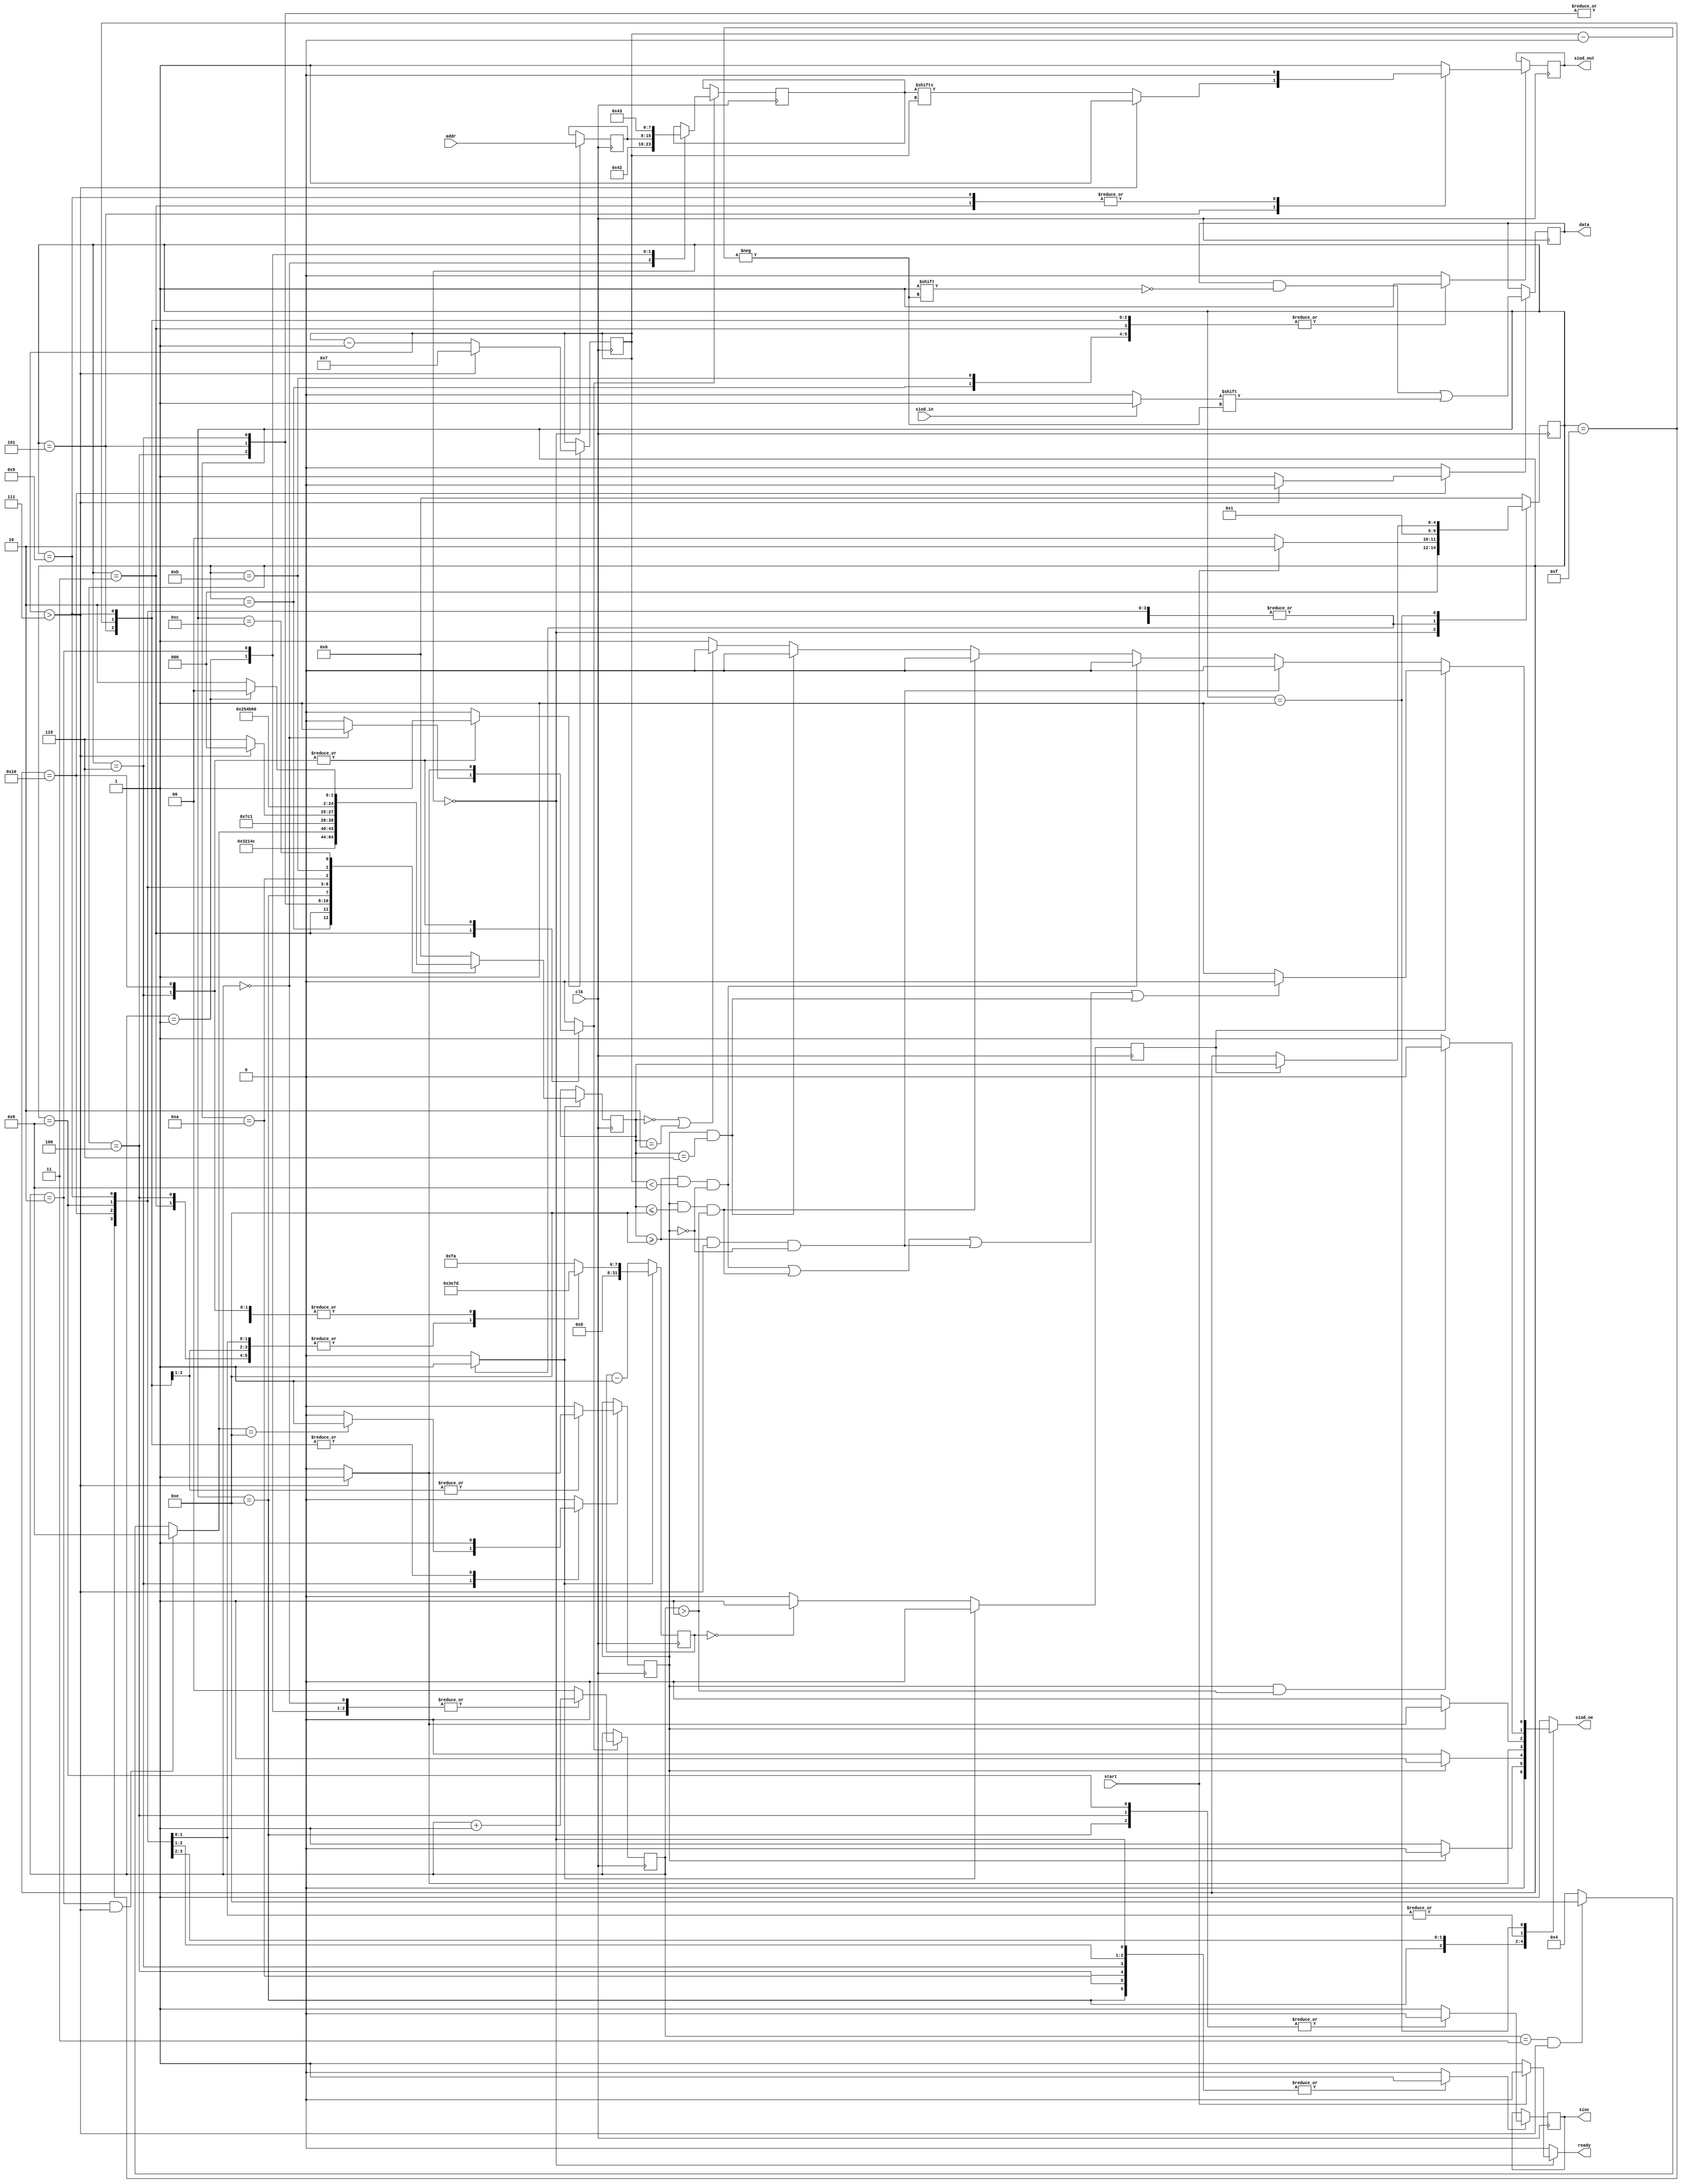
`timescale 1ns / 1ps

module sccb_read(
        input   wire clk,
        output  reg  sioc,
        output  reg  siod_oe,
        output  wire siod_out,
        input   wire siod_in,
        input   wire [7:0]addr,
        output  reg  [7:0]data,
        input   wire start,
        output  reg  ready   
    );
    
    parameter CLK_FREQ  = 25_000_000;
    parameter WORK_FREQ = 100_000; //max 400kHZ
    
    localparam CAM_ADDR = 8'h42;
    
    localparam IDLE = 0;
    localparam WAIT = 1;
    localparam SEND_START_SIG = 2;
    localparam SEND_BIT = 4;
    localparam SEND_END_SIG = 8;
    localparam DONE = 12;
    localparam RECEIVE_BIT = 14;
    
    reg [7:0]   addr_i;
    reg         next_sioc;
    reg         next_siod_val, siod_val;
    reg [4:0]   state, next_state, return_state, next_return_state;
    reg [31:0]  counter, next_counter;
    reg         cnt_fin;
    reg         update_byte, update_siod, update_cnt, update_ret_state, update_sioc, update_index;
    reg [1:0]   byte_cnt = 0;
    reg [7:0]   byte;
    reg [3:0]   index = 7;
    reg         update_bit_read = 0;
    reg         ack = 0,next_ack = 0,update_ack=0;
    
    assign siod_out = siod_val;
    assign bit_read = siod_in;
    
    initial begin
        cnt_fin = 0;
        counter = 0;
        index = 7;
        byte_cnt = 0;
        byte = CAM_ADDR;
        siod_val = 1;
        sioc = 1;
        return_state = IDLE;
        state = IDLE;
        siod_oe = 1'b0;
        
        update_bit_read = 0;
        data = 8'hAA;
    end
    
    //timmer
    always@(posedge clk) begin
        if(update_cnt) begin
            counter <= next_counter;
            cnt_fin <= 0;
        end
        else begin
            counter <= counter - 1;
            if(counter == 0)
                cnt_fin <= 1;
            else
                cnt_fin <= 0;
        end
    end
    
    //updates values
    always@(posedge clk) begin
        if(update_bit_read) begin
            data[index] <= (bit_read == 0) ? 0 : 1;
        end
        if(update_index) begin
            index <= index - 1;
            if(index > 7)begin //means that the ack bit was reached
                index <= 7; //reset index
            end
        end
        if(update_byte) begin
            case(byte_cnt) 
                0: begin
                        byte <= CAM_ADDR;
                        byte_cnt <= byte_cnt + 1;
                   end
                1: begin
                        byte <= addr_i;
                        byte_cnt <= byte_cnt + 1;
                    end
                2: begin
                        byte <= CAM_ADDR|8'h1;// for read cycle
                        byte_cnt <= byte_cnt + 1;
                   end
                default: byte_cnt <= 0;
            endcase
        end
        if(update_siod) begin
            siod_val <= next_siod_val;
        end
        if(update_sioc) begin
            sioc <= next_sioc;
        end
        if(update_ret_state) begin
            return_state <= next_return_state;
        end
        if(update_ack) begin
            ack <= next_ack;
        end
    end
    
    /////////////////////////////////FSM////////////////////////////////////////
    always@(posedge clk) begin
        state <= next_state;
        if(state == IDLE) begin
            addr_i <= addr;
        end
    end
    
    always@(*) begin
        ready = 0;
        next_state = IDLE;
        next_return_state = IDLE;
        next_counter = (CLK_FREQ/WORK_FREQ);
        siod_oe = 1;
        next_siod_val = 1;
        next_sioc = 1;
        update_index = 0;
        update_sioc = 0;
        update_byte = 0;
        update_siod = 0;
        update_ret_state = 0;
        update_cnt = 0;
        
        update_bit_read = 0;
        next_ack = 0;
        update_ack = 0;
        case(state)
            IDLE: begin
                siod_oe = 0; // siod = z
                update_sioc = 1; //sioc = 1
                
                if(start)  next_state = SEND_START_SIG; // transmission starts
                else ready = 1; // is ready only in idle
            end
            SEND_START_SIG: begin
                next_siod_val = 1; // siod = 1 , sioc = 1
                update_siod = 1;
                
                next_return_state = SEND_START_SIG + 1; //next_state after wait
                update_ret_state = 1;
                next_counter = ((CLK_FREQ/WORK_FREQ)/2); // set counter for T/2
                update_cnt = 1;
                next_state = WAIT; // delay
            end
            SEND_START_SIG + 1: begin
                next_siod_val = 0; //siod = 0, sioc = 1
                update_siod = 1;
                if(byte_cnt ==0) update_byte = 1;
                
                next_return_state = SEND_BIT; //next_state after wait
                update_ret_state = 1;
                next_counter = ((CLK_FREQ/WORK_FREQ)/4); //set counter foR T/4
                update_cnt = 1;
                next_state = WAIT; //delay
            end
            SEND_BIT: begin
                next_sioc = 0; //sioc = 0 , siod = 0
                update_sioc = 1;
                
                if(ack) siod_oe = 0;
                
                next_return_state = SEND_BIT+1;
                update_ret_state = 1;
                next_counter = ((CLK_FREQ/WORK_FREQ)/4);
                update_cnt = 1;
                next_state = WAIT;
            end
            
            SEND_BIT + 1: begin
                //sioc = 0, siod = data_bit
                //index start from 7 and decrements (0 - 1 > 7)
                //index > 7 means that ack bit(8) must be sent
                next_siod_val = (index > 7) ? 1 : byte[index]; 
                update_siod = 1;
                
                if(ack) siod_oe = 0;
                if(index > 7) next_ack = 1;
                update_ack = 1;
                
                next_return_state = SEND_BIT+2;
                update_ret_state = 1;
                next_counter = ((CLK_FREQ/WORK_FREQ)/4);
                update_cnt = 1;
                next_state = WAIT;
            end
            
           SEND_BIT + 2: begin
                next_sioc = 1; // sioc = 1, siod = data_bit
                update_sioc = 1;
                
                update_index = 1; // decrement index
                update_byte = (index > 7) ? 1 : 0; //updates the byte to be sent after the ack bit
                
                if(ack) siod_oe = 0; //receive
                
                next_return_state = (byte_cnt == 2 && index > 7) ? SEND_END_SIG : ((byte_cnt == 3 && index > 7) ? RECEIVE_BIT : SEND_BIT); //check if the last byte was transmitted
                if(next_return_state == RECEIVE_BIT) update_ack = 1;
                update_ret_state = 1;
                next_counter = ((CLK_FREQ/WORK_FREQ)/2);
                update_cnt = 1;
                next_state = WAIT;
            end
           
           //new for receive 
           RECEIVE_BIT: begin
                next_sioc = 0; //sioc = 0 , siod = z
                siod_oe = (ack) ? 1 : 0;
                update_sioc = 1;
                
                next_return_state = RECEIVE_BIT+1;
                update_ret_state = 1;
                next_counter = ((CLK_FREQ/WORK_FREQ)/4);
                update_cnt = 1;
                next_state = WAIT;
            end
            
            RECEIVE_BIT + 1: begin
                //sioc = 0, siod = data_bit
                //index start from 7 and decrements (0 - 1 > 7)
                //index > 7 means that ack bit(8) must be sent
                next_siod_val = 1;
                update_siod = 1;
                if(~ack) siod_oe = 0; 
                
                update_ack = 1;
                if(index > 7) begin
                     next_ack = 1;
                     siod_oe = 1;
                end
                else siod_oe = 0; //siod = z
                
                next_return_state = RECEIVE_BIT+2;
                update_ret_state = 1;
                next_counter = ((CLK_FREQ/WORK_FREQ)/4);
                update_cnt = 1;
                next_state = WAIT;
            end
            
           RECEIVE_BIT + 2: begin
                next_sioc = 1; // sioc = 1, siod = z
                update_sioc = 1;
                siod_oe = (index > 7) ? 1 : 0;
                
                update_index = 1; // decrement index
                update_byte = (index > 7) ? 1 : 0; //updates the byte to be sent after the ack bit
                
                if(~ack)        siod_oe = 0;
                
                if(index > 7) begin
                     update_bit_read = 0; 
                end
                else begin            
                    update_bit_read = 1;
                end
                
                next_return_state = (index > 7) ? SEND_END_SIG : RECEIVE_BIT; //if is not bit 9 continue to receive
                update_ret_state = 1;
                next_counter = ((CLK_FREQ/WORK_FREQ)/2);
                update_cnt = 1;
                next_state = WAIT;
            end
            
            SEND_END_SIG: begin
                next_sioc = 0; // sioc = 0, siod = data_bit
                update_sioc = 1;
                
                 if(ack && byte_cnt > 1) siod_oe = 0;
                
                next_return_state = SEND_END_SIG + 1;
                update_ret_state = 1;
                next_counter = ((CLK_FREQ/WORK_FREQ)/4);
                update_cnt = 1;
                next_state = WAIT;
            end
            
            SEND_END_SIG + 1: begin
                next_siod_val = 0; // siod = 0, sioc = 0;
                update_siod = 1;
                
                update_ack = 1;
                if(ack && byte_cnt > 1) siod_oe = 0;
                
                next_return_state = SEND_END_SIG + 2;
                update_ret_state = 1;
                next_counter = ((CLK_FREQ/WORK_FREQ)/4);
                update_cnt = 1;
                next_state = WAIT;
            end
            
           SEND_END_SIG + 2: begin
                next_sioc = 1; // sioc = 1, siod = 0
                update_sioc = 1;
                
                next_return_state = SEND_END_SIG + 3;
                update_ret_state = 1;
                next_counter = ((CLK_FREQ/WORK_FREQ)/4);
                update_cnt = 1;
                next_state = WAIT;
            end
            
            SEND_END_SIG + 3: begin
                 next_siod_val = 1; // siod = 1 , sioc = 1
                 update_siod = 1;
                 
                 next_return_state = DONE;
                 update_ret_state = 1;
                 next_counter = ((CLK_FREQ/WORK_FREQ)/2);
                 update_cnt = 1;
                 next_state = WAIT;
             end
             
             DONE: begin
                  next_return_state = (byte_cnt == 1) ? IDLE : SEND_START_SIG;
                  update_ret_state = 1;
                  next_counter = ((CLK_FREQ/WORK_FREQ));
                  update_cnt = 1;
                  next_state = WAIT; // delay between transmissions
              end
                          
            WAIT: begin
                if(cnt_fin == 1) begin
                    next_state = return_state;
                    if(((return_state >= RECEIVE_BIT) && (index < 8)&& ~ack)||
                         (ack && return_state <= RECEIVE_BIT && byte_cnt > 1) ||
                         ((return_state >= RECEIVE_BIT)&& (index > 7)&& ~ack)||
                         (ack && return_state == (SEND_BIT + 2)))
                        siod_oe = 0;
                end
                else if((return_state >= RECEIVE_BIT)&& (index > 7) && ~ack) begin
                       next_state = state;
                       siod_oe = 0; // siod = z, sioc = 1
                end
                else if((return_state >= RECEIVE_BIT)&& (index < 8)&& ~ack) begin
                    next_state = state;
                    siod_oe = 0; // siod = z, sioc = 1
                end
                else if(ack && return_state <= RECEIVE_BIT && byte_cnt > 1) begin
                    next_state = state;
                    siod_oe = 0; // siod = z, sioc = 1
                end
                else if(ack && return_state == (SEND_BIT + 2)) begin
                    next_state = state;
                    siod_oe = 0; // siod = z, sioc = 1
                end
                else if(return_state == IDLE || return_state == SEND_START_SIG) begin
                    next_state = state;
                    siod_oe = 0; // siod = z, sioc = 1
                end
                else 
                    next_state = state;
            end
            default: next_state = IDLE;
        endcase
    end
    //////////////////////////////////////////////////////////////////////////////////
    
endmodule